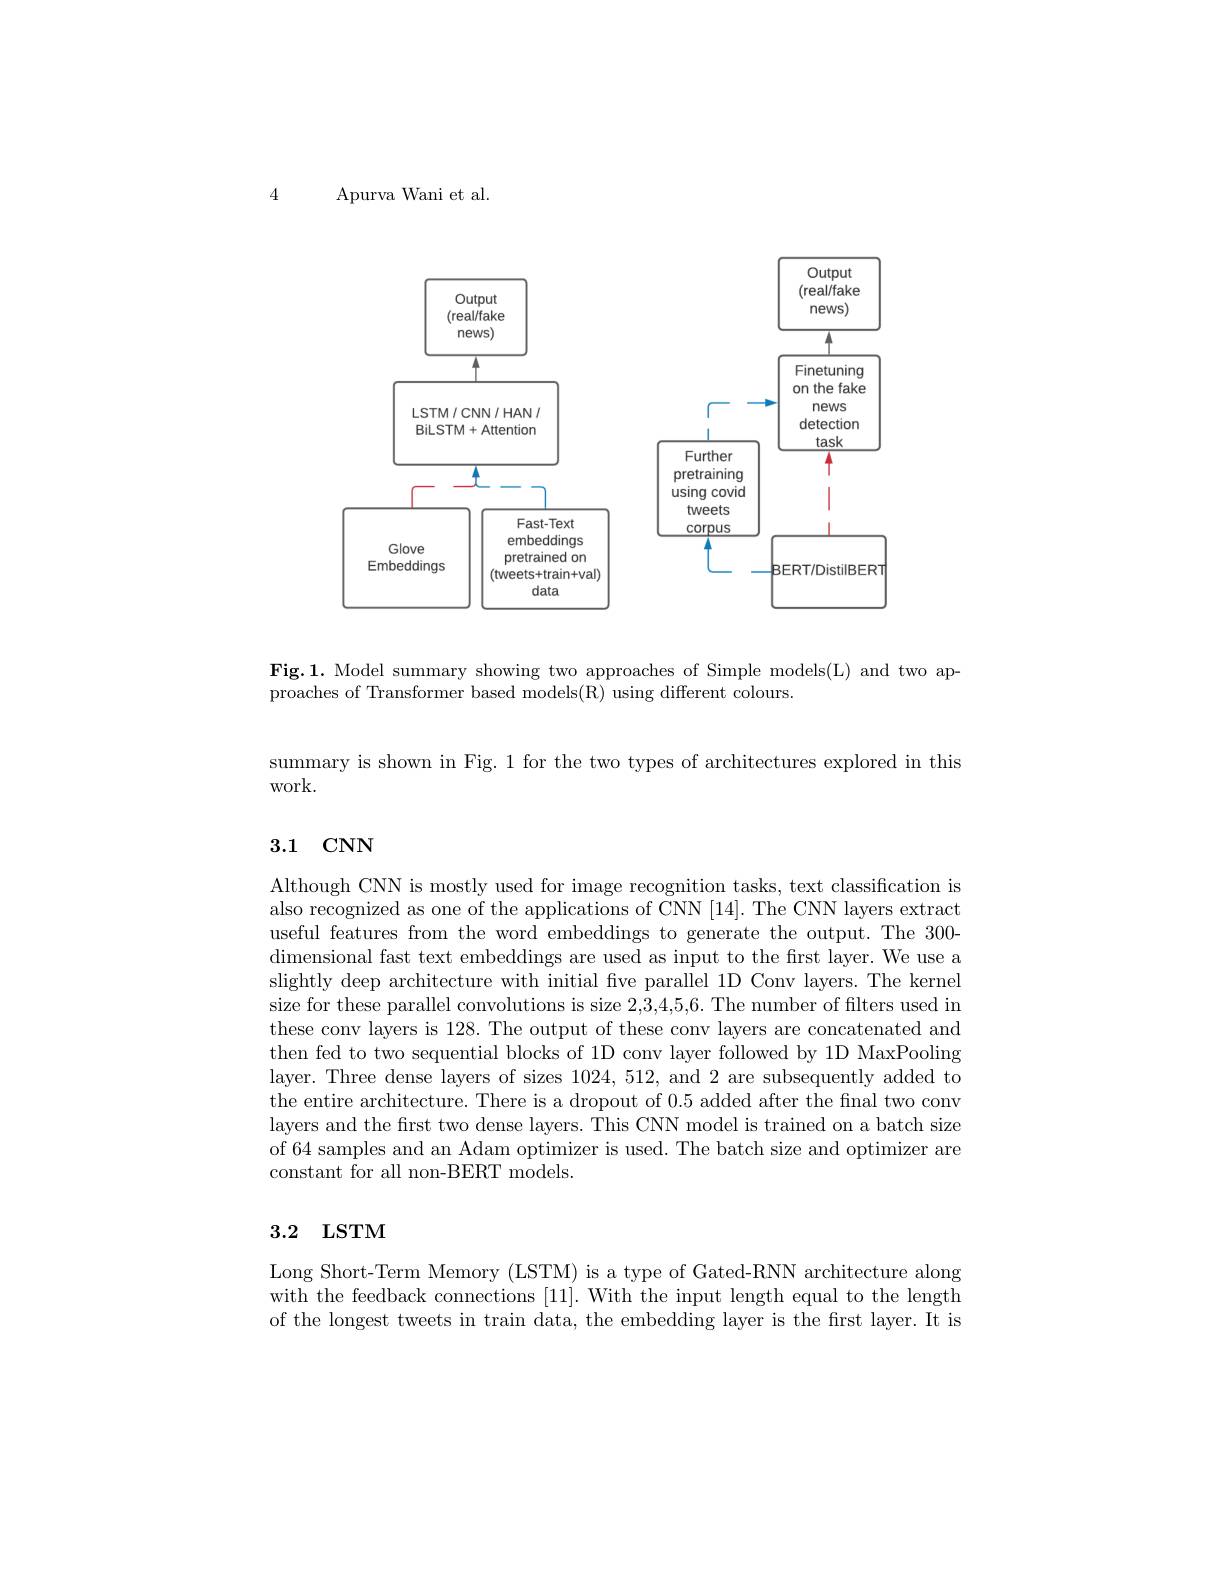
4

Apurva Wani et al.

<FigureHere>

Fig.1. Model summary showing two approaches of Simple models(L) and two ap-
proaches of Transformer based models(R) using different colours.

summary is shown in Fig. 1 for the two types of architectures explored in this
work.

# 3.1 CNN

Although CNN is mostly used for image recognition tasks, text classification is also recognized as one of the applications of CNN [14]. The CNN layers extract useful features from the word embeddings to generate the output. The 300- dimensional fast text embeddings are used as input to the frst layer. We use a slightly deep architecture with initial fve parallel 1D Conv layers. The kernel size for these parallel convolutions is size 2,3,4,5,6. The number of filters used in these conv layers is 128. The output of these conv layers are concatenated and then fed to two sequential blocks of 1D conv layer followed by 1D MaxPooling layer. Three dense layers of sizes 1024,512, and 2 are subsequently added to the entire architecture. There is a dropout of 0.5 added after the fnal two conv layers and the first two dense layers. This CNN model is trained on a batch size of 64 samples and an Adam optimizer is used. The batch size and optimizer are constant for all non-BERT models.

# 3.2 LSTM

Long Short-Term Memory (LSTM) is a type of Gated-RNN architecture along with the feedback connections [11]. With the input length equal to the length of the longest tweets in train data, the embedding layer is the first layer. It is